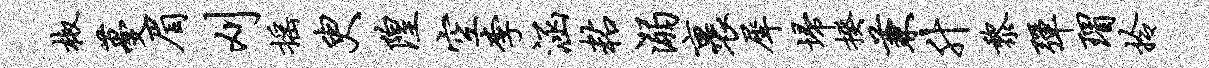
椒蔓眉刈摇臾隍空李涵粘溺裹犀埽揆兼升黎弹瑁拎